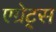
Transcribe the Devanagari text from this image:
एग्रेट्स